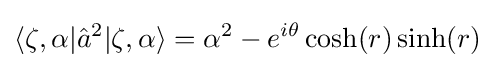
\langle \zeta ,\alpha |{\hat {a}}^{2}|\zeta ,\alpha \rangle =\alpha ^{2}-e^{i\theta }\cosh(r)\sinh(r)